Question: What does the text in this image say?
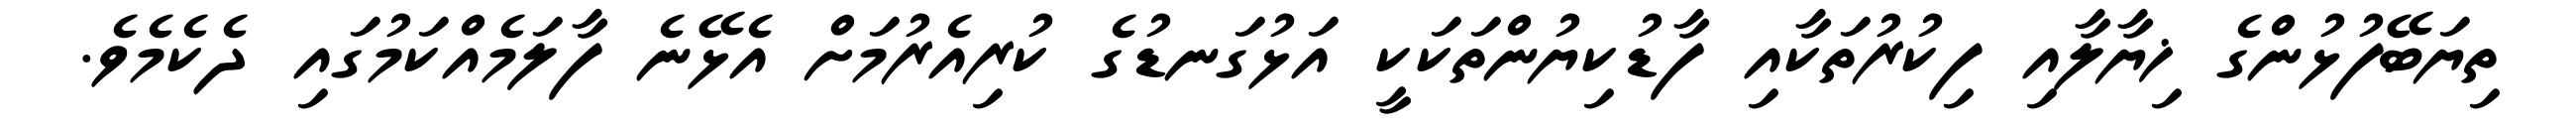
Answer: ތިޔަބޭފުޅުންގެ ޚިޔާލާއި ފިކުރުތަކާއި ފާޑުކިޔުންތަކަކީ އަޅުގަނޑުގެ ކުރިއެރުމަށް އެޅޭނެ ފާލަމެއްކަމުގައި ދެކެމެވެ.